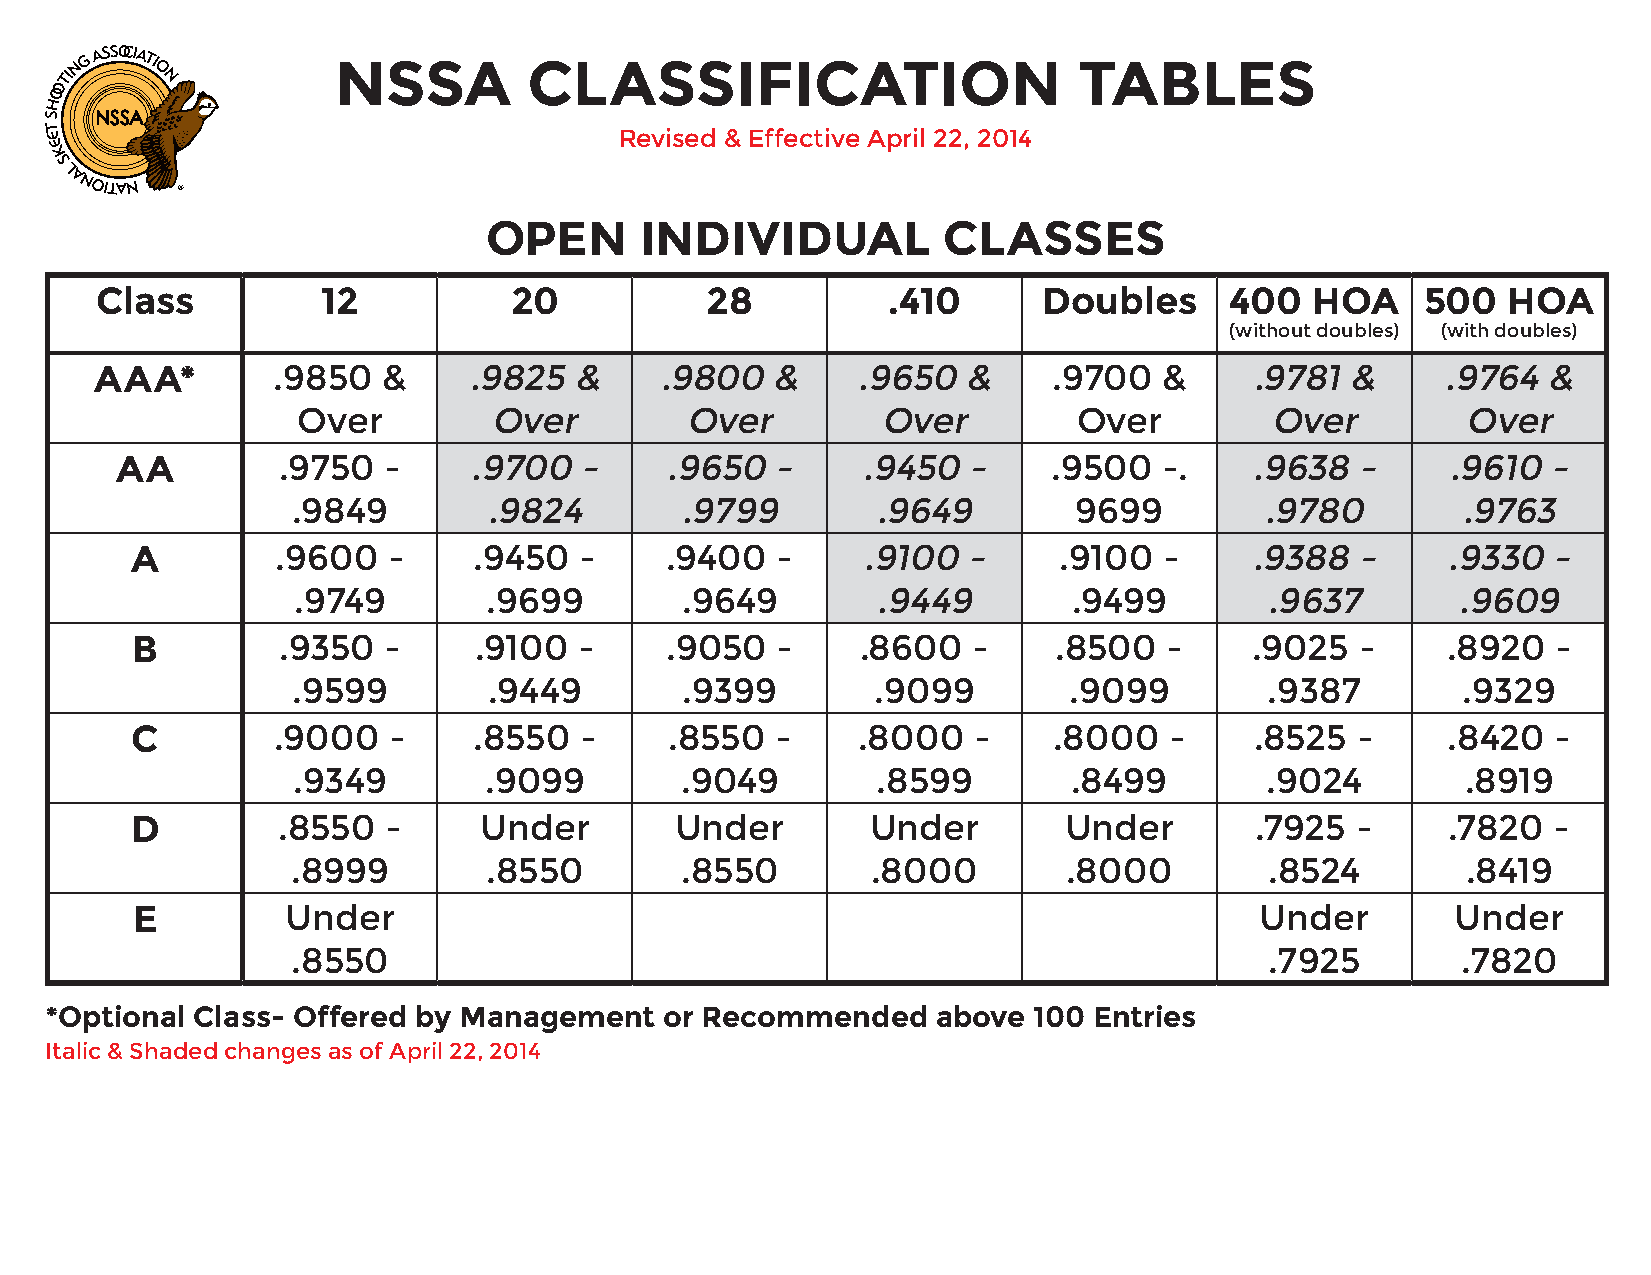
NSSA         CLASSIFICATION                      TABLES
 Revised & Effective April 22, 2014
 OPEN      INDIVIDUAL          CLASSES
 Class          12           20           28          .410      Doubles     400   HOA    500   HOA
 (without doubles) (with doubles)
 AAA*        .9850  &     .9825  &     .9800  &     .9650  &     .9700  &     .9781 &      .9764 &
 Over        Over         Over         Over         Over         Over         Over
 AA        .9750  -     .9700  -     .9650  -     .9450  -     .9500  -.    .9638  -     .9610  -
 .9849        .9824        .9799        .9649        9699         .9780        .9763
 A        .9600   -    .9450  -     .9400  -     .9100  -     .9100  -     .9388  -     .9330  -
 .9749        .9699        .9649        .9449        .9499        .9637       .9609
 B        .9350  -     .9100  -     .9050  -     .8600  -     .8500  -     .9025  -     .8920  -
 .9599        .9449        .9399        .9099        .9099        .9387        .9329
 C        .9000   -    .8550  -     .8550  -     .8000  -     .8000  -     .8525  -     .8420  -
 .9349        .9099        .9049        .8599        .8499        .9024        .8919
 D        .8550  -      Under        Under        Under       Under        .7925  -     .7820  -
 .8999        .8550        .8550        .8000        .8000        .8524        .8419
 E         Under                                                           Under        Under
 .8550                                                            .7925        .7820
 *Optional Class- Offered by Management   or Recommended    above 100 Entries
 Italic & Shaded changes as of April 22, 2014